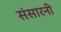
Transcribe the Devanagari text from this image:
संसारनी